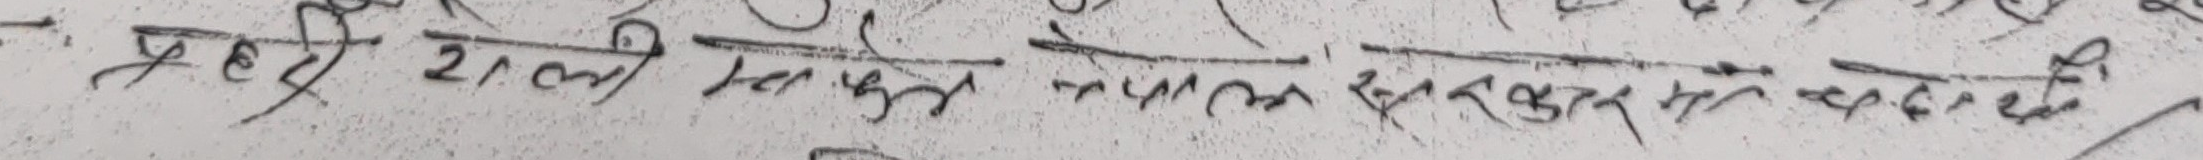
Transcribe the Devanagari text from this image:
प्रकृती २१ ली तलकन तपाम सकरकन म वजेदी